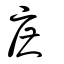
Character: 庶